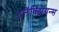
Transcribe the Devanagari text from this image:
टलॅक्झियन्स